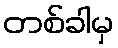
တစ်ခါမှ